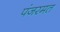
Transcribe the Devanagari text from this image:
पंजरमत